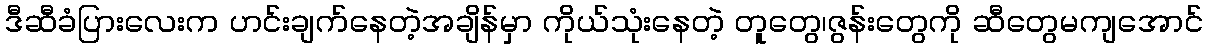
ဒီဆီခံပြားလေးက ဟင်းချက်နေတဲ့အချိန်မှာ ကိုယ်သုံးနေတဲ့ တူတွေ၊ဇွန်းတွေကို ဆီတွေမကျအောင်